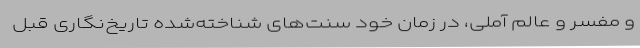
و مفسر و عالم آملی، در زمان خود سنت‌های شناخته‌شده تاریخ‌نگاری قبل